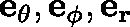
\mathbf { e _ { \theta } } , \mathbf { e _ { \phi } } , \mathbf { e _ { r } }